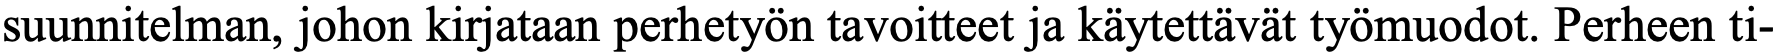
suunnitelman, johon kirjataan perhetyön tavoitteet ja käytettävät työmuodot. Perheen ti-